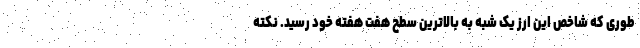
طوری که شاخص این ارز یک شبه به بالاترین سطح هفت هفته خود رسید. نکته